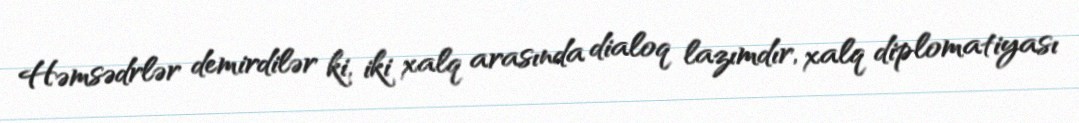
Həmsədrlər demirdilər ki, iki xalq arasında dialoq lazımdır, xalq diplomatiyası